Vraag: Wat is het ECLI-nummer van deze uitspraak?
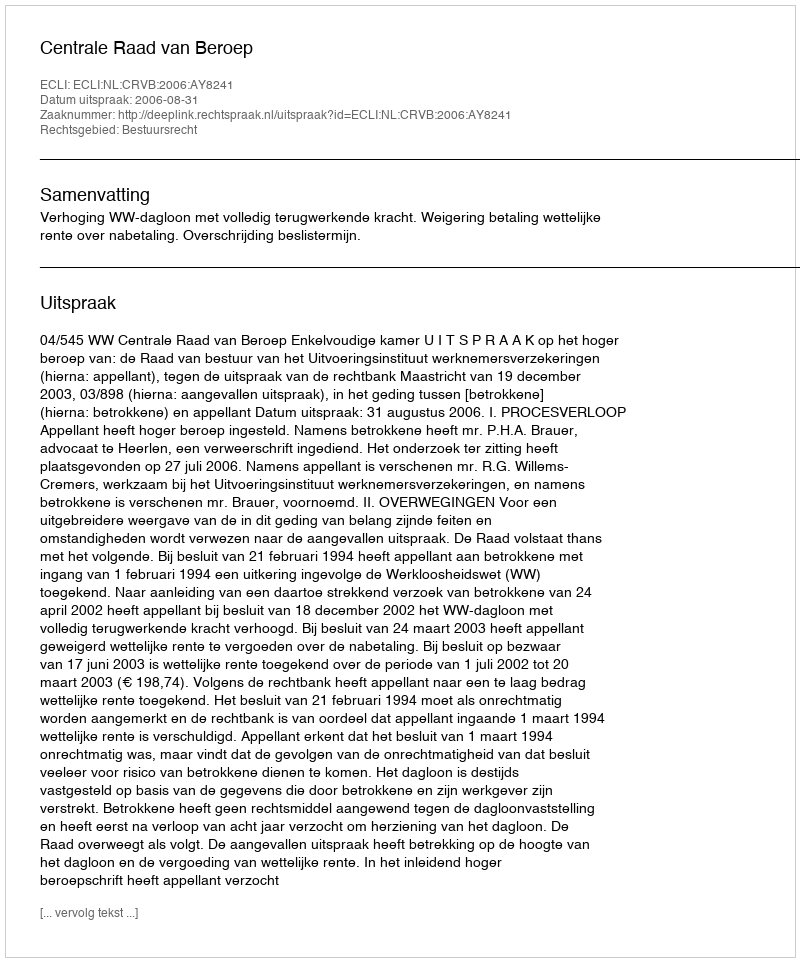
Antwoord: ECLI:NL:CRVB:2006:AY8241